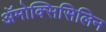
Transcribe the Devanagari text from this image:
ॲमोक्सिसिलिन